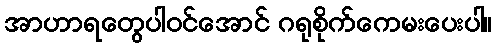
အာဟာရတွေပါဝင်အောင် ဂရုစိုက်ကေမးပေးပါ။